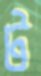
ট